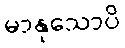
မာနုသောပိ